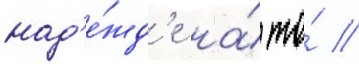
над'е́жд'е на́ то́ /